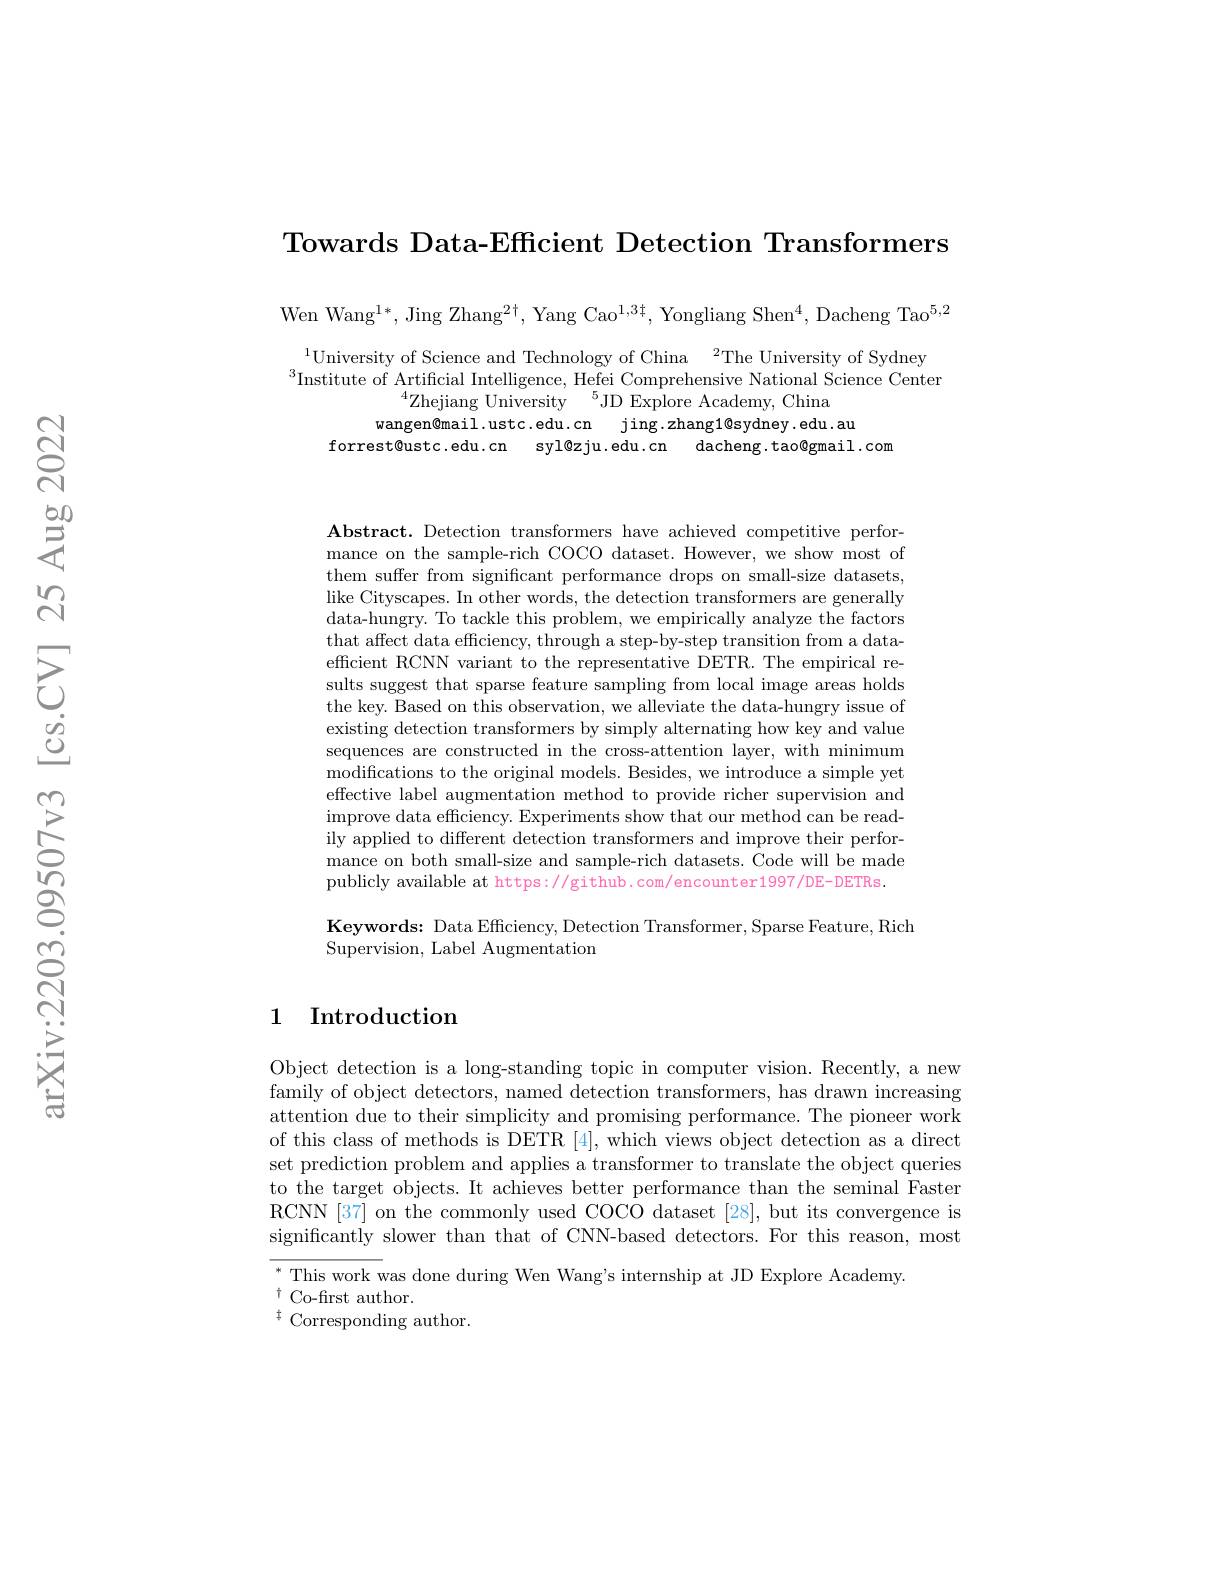
Towards Data-Efficient Detection Transformers

Wen Wang$^1*$,Jing Zhang$^2\dagger$,Yang Cao$^1,3\dagger$,Yongliang Shen$^4$,Dacheng Tao$^5,2$

$^{1}$University of Science and Technology of China$^2$The University of Sydney $^{3}$Institute of Artificial Intelligence, Hefei Comprehensive National Science Center
$^{4}$Zhejiang University$^5$JD Explore Academy, China
wangen@mail.ustc.edu.cn jing.zhang1@sydney.edu.au
forrest@ustc.edu.cn syl@zju.edu.cn dacheng.tao@gmail.com

$\mathbf{Abstract.~Detection~transformers~have~achieved~competitive~perfor-}$ mance on the sample-rich COCO dataset. However, we show most of them suffer from significant performance drops on small-size datasets, like Cityscapes. In other words, the detection transformers are generally data-hungry. To tackle this problem, we empirically analyze the factors that affect data efficiency, through a step-by-step transition from a dataefficient RCNN variant to the representative DETR. The empirical results suggest that sparse feature sampling from local image areas holds the key. Based on this observation, we alleviate the data-hungry issue of existing detection transformers by simply alternating how key and value sequences are constructed in the cross-attention layer,with minimum modifications to the original models. Besides, we introduce a simple yet effective label augmentation method to provide richer supervision and improve data efficiency. Experiments show that our method can be readily applied to different detection transformers and improve their performance on both small-size and sample-rich datasets. Code will be made publicly available at https://github.com/encounter1997/DE-DETRs.

Keywords: Data Efficiency, Detection Transformer, Sparse Feature, Rich
Supervision, Label Augmentation

## 1 Introduction

Object detection is a long-standing topic in computer vision. Recently, a new family of object detectors, named detection transformers, has drawn increasing attention due to their simplicity and promising performance. The pioneer work of this class of methods is DETR [4], which views object detection as a direct set prediction problem and applies a transformer to translate the object queries to the target objects. It achieves better performance than the seminal Faster RCNN [37] on the commonly used COCO dataset [28], but its convergence is significantly slower than that of CNN-based detectors. For this reason, most $^{*}$ This work was done during Wen Wang's internship at JD Explore Academy.
$^{\dagger}$Co-first author.
$^{\ddagger}$ Corresponding author.